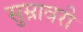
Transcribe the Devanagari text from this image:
सुम्नावरी